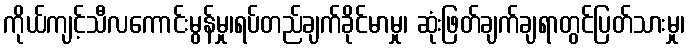
ကိုယ်ကျင့်သီလကောင်းမွန်မှု၊ရပ်တည်ချက်ခိုင်မာမှု၊ ဆုံးဖြတ်ချက်ချရာတွင်ပြတ်သားမှု၊